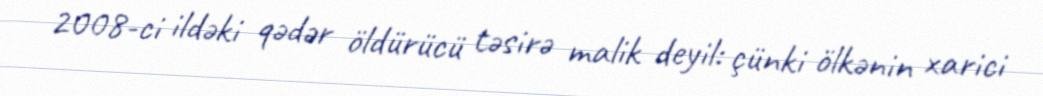
2008-ci ildəki qədər öldürücü təsirə malik deyil: çünki ölkənin xarici